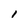
Character: I